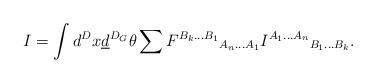
LaTeX: \begin{align*}I=\int d^Dx\underline{d}^{D_G}\theta\sum {F^{B_k...B_1}}_{A_n...A_1}{I^{A_1...A_n}}_{B_1...B_k}.\end{align*}